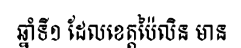
ឆ្នាំទី១ ដែលខេត្តប៉ៃលិន មាន